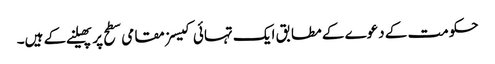
حکومت کے دعوے کے مطابق ایک تہائی کیسز مقامی سطح پر پھیلنے کے ہیں۔